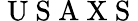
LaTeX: \mathrm{~U~S~A~X~S~}